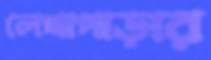
লেখাপাড়ার